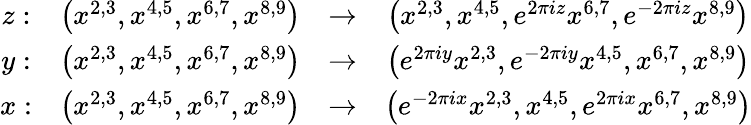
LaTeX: \begin{array}{cccc}{{z:}}&{{\left(x^{2,3},x^{4,5},x^{6,7},x^{8,9}\right)}}&{{\to}}&{{\left(x^{2,3},x^{4,5},e^{2\pi iz}x^{6,7},e^{-2\pi iz}x^{8,9}\right)}}\\ {{y:}}&{{\left(x^{2,3},x^{4,5},x^{6,7},x^{8,9}\right)}}&{{\to}}&{{\left(e^{2\pi iy}x^{2,3},e^{-2\pi iy}x^{4,5},x^{6,7},x^{8,9}\right)}}\\ {{x:}}&{{\left(x^{2,3},x^{4,5},x^{6,7},x^{8,9}\right)}}&{{\to}}&{{\left(e^{-2\pi ix}x^{2,3},x^{4,5},e^{2\pi ix}x^{6,7},x^{8,9}\right)}}\end{array}